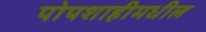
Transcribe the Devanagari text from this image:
पोपशाहीमधील